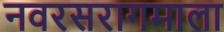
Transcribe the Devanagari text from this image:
नवरसरागमाला